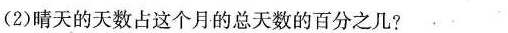
(2)晴天的天数占这个月的总天数的百分之几?